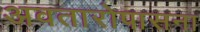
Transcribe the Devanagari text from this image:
अवतारोपासना